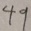
4 9